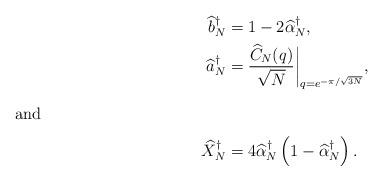
LaTeX: \begin{align*}\widehat{b}^\dagger_N&=1-2 \widehat{\alpha}^\dagger_N,\\\widehat{a}^\dagger_N &=\frac{\widehat{C}_N(q)}{\sqrt{N}}\bigg|_{q=e^{-\pi/\sqrt{3N}}},\\\intertext{and}\widehat{X}^\dagger_N&=4\widehat{\alpha}^\dagger_N\left(1-\widehat{\alpha}^\dagger_N\right).\end{align*}